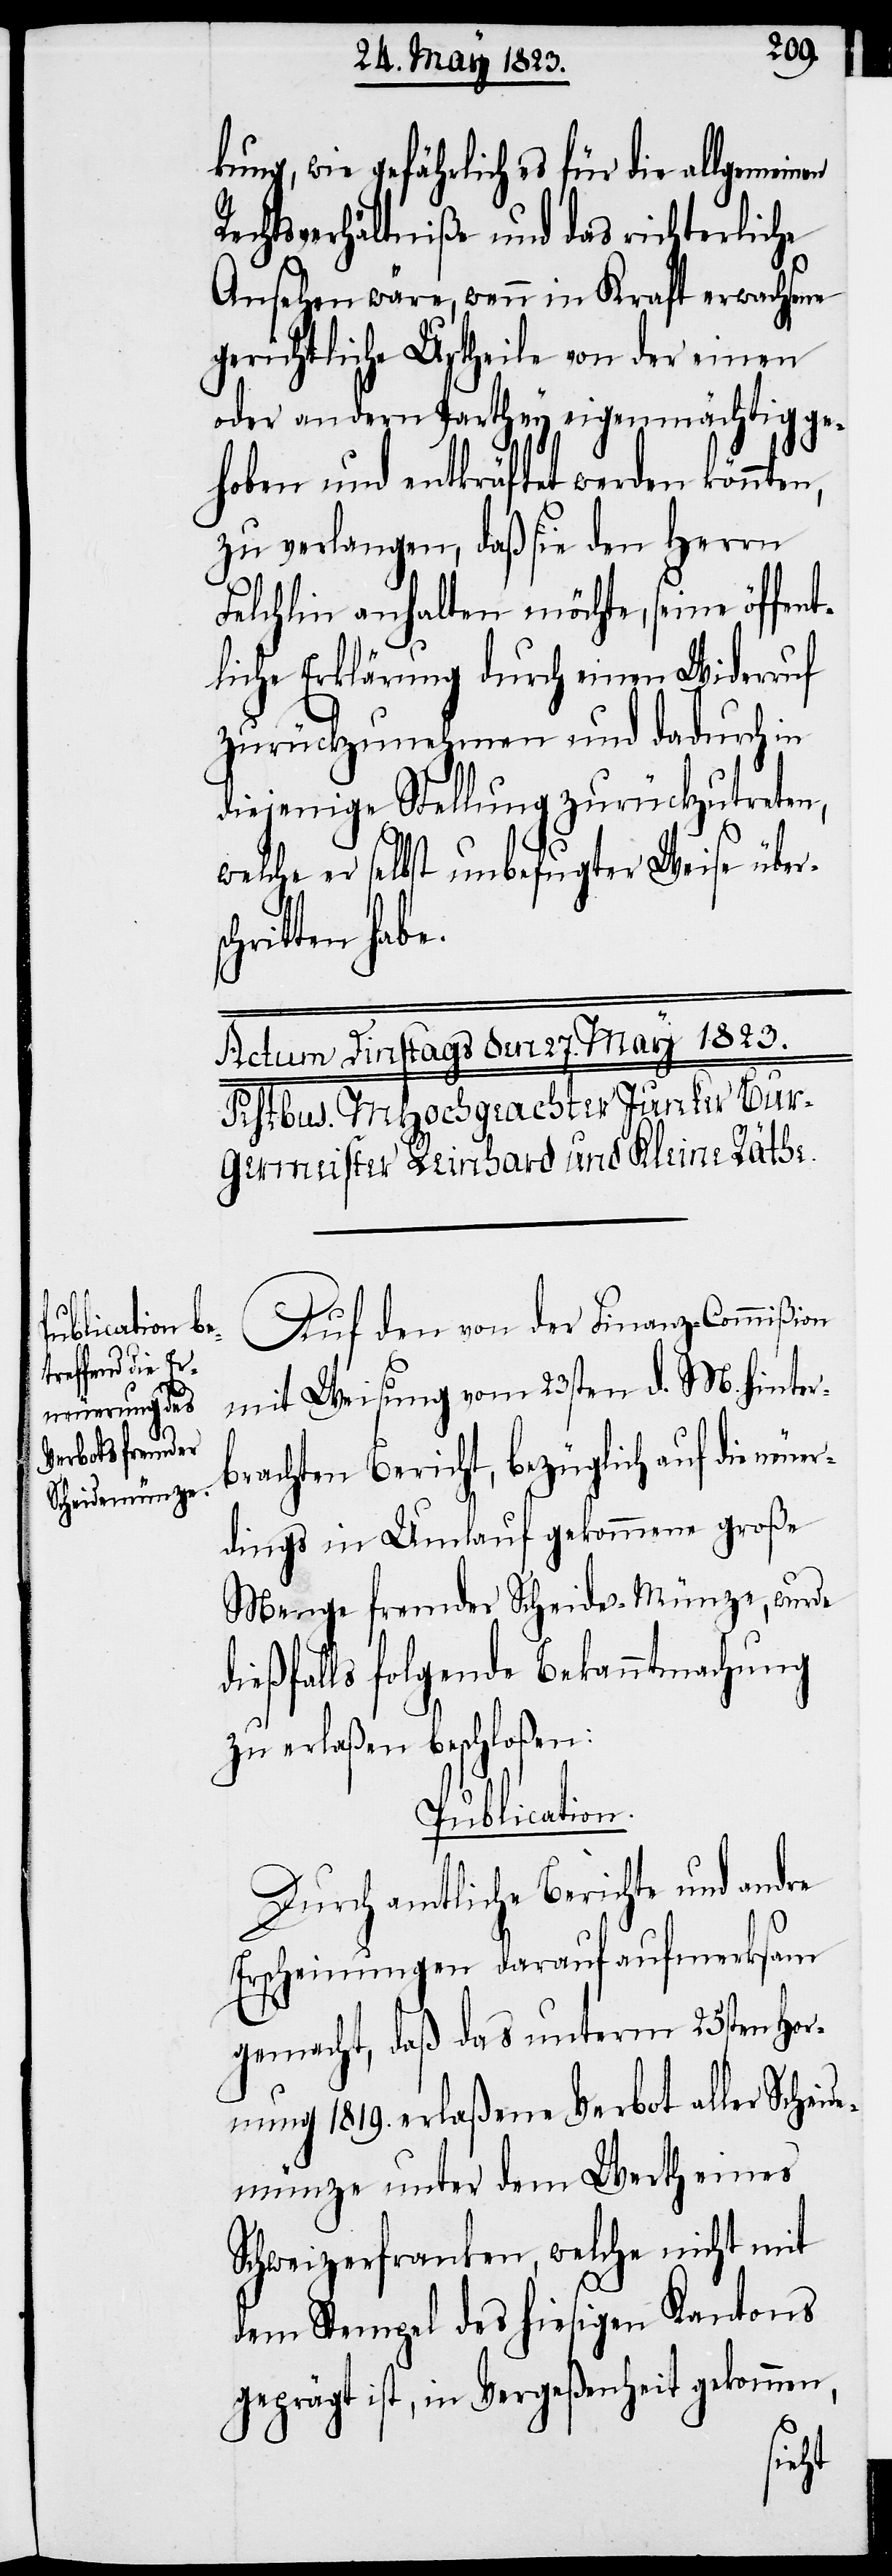
n,

kung, wie gefährlich es für die allgemein¬
Rechtsverhältniße und das richterliche
Ansehen wäre, wenn in Kraft erwachsene
gerichtliche Urtheile von der einen
oder andern Parthey eigenmächtig ge¬
hoben und entkräftet werden könnte¬
zu verlangen, daß sie den Herrn
Felchlin anhalten möchte, seine öffent¬
liche Erklärung durch einen Widerruf
zurückzunehmen und dadurch in
diejenige Stellung zurückzutreten,
welche er selbst unbefugter Weise über¬
ritten habe.
Auf den von der Finanz-Commißion
mit Weisung vom 23sten d. M. hinter¬
brachten Bericht, bezüglich auf die neue¬
rdings in Umlauf gekommene große
Menge fremder Scheide-Münze, wurde
dießfalls folgende Bekanntmachung
zu erlaßen beschloßen:
Publication.
Durch amtliche Berichte und andre
Erscheinungen darauf aufmerksam
gemacht, daß das unterm 25sten Hor¬
nung 1819. erlaßene Verbot aller Scheide¬
münze unter dem Werth eines
Schweizerfranken, welche nicht mit
dem Stempel des hiesigen Kantons
geprägt ist, in Vergeßenheit gekommen,
sch¬